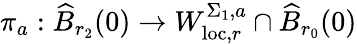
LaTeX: \pi_{a}:\widehat{B}_{r_{2}}(0)\to W_{\mathrm{loc},r}^{\Sigma_{1},a}\cap\widehat{B}_{r_{0}}(0)